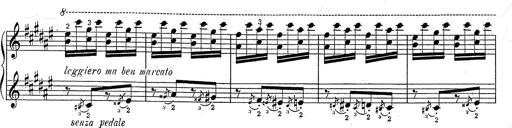
Title: Hungarian Rhapsody No.2
Composer: Franz Liszt
Key: C-sharp minor